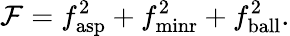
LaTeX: \mathcal{F}=f_{\mathrm{asp}}^{2}+f_{\mathrm{minr}}^{2}+f_{\mathrm{ball}}^{2}.